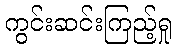
ကွင်းဆင်းကြည့်ရှု